Report on the working of the Ranchi Indian Mental Hospital, Kanke, in Bihar and Orissa - 1930-1940
Year: 1930
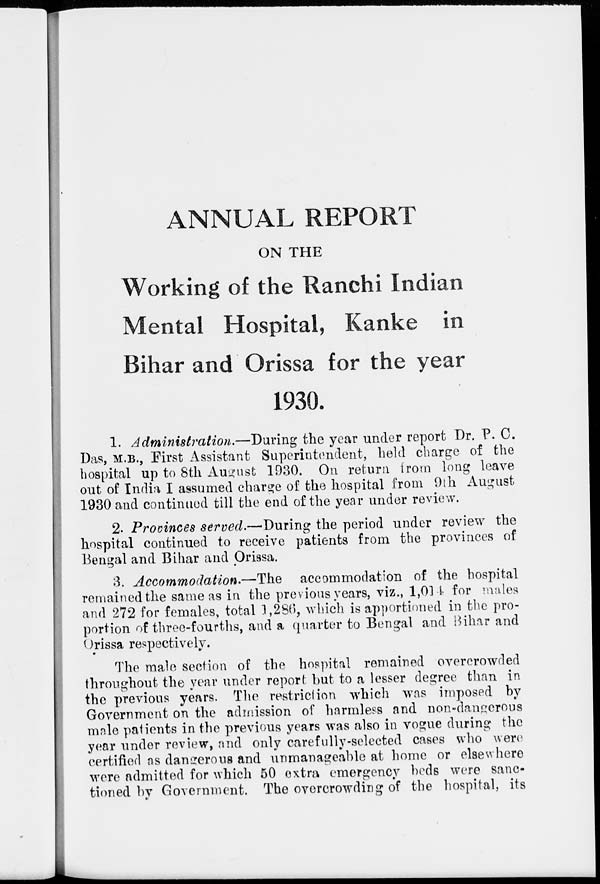
ANNUAL REPORT
ON THE
Working of the Ranchi Indian
Mental Hospital, Kanke in
Bihar and Orissa for the year
1930.
1. Administration.—During
the year under report Dr. P. C.
Das, M.B., First Assistant Superintendent, held charge of the
hospital up to 8th August 1930. On return from long leave
out of India I assumed charge of the hospital from 9th August
1930 and continued till the end of the year under review.
2. Provinces served.—During the period under review the
hospital continued to receive patients from the provinces of
Bengal and Bihar and Orissa.
3. Accommodation.—The
accommodation of the hospital
remained the same as in the previous years, viz., 1,014 for males
and 272 for females, total 1,286, which is apportioned in the pro-
portion of three-fourths, and a quarter to Bengal and Bihar and
Orissa respectively.
The male section of the hospital remained overcrowded
throughout the year under report but to a lesser degree than in
the previous years. The restriction which was imposed by
Government on the admission of harmless and non-dangerous
male patients in the previous years was also in vogue during the
year under review, and only carefully-selected cases who were
certified as dangerous and unmanageable at home or elsewhere
were admitted for which 50 extra emergency beds were sanc-
tioned by Government. The overcrowding of the hospital, its